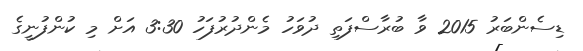
ޑިސެންބަރު 2015 ވާ ބުރާސްފަތި ދުވަހު މެންދުރުފަހު 3:30 އަށް މި ކުންފުނީގެ